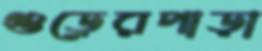
গুড়েরপাড়া